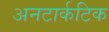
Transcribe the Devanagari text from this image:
अनटार्कटिक